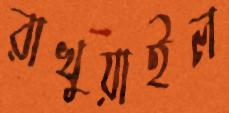
রাখুয়াইল